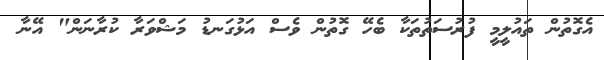
އެގޮތުން ތައުލީމީ ފުރުސަތުތަކާ ބެހޭ ގޮތުން ވެސް އަޅުގަނޑު މަޝްވަރާ ކުރާނަން" އޭނާ